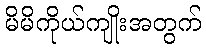
မိမိကိုယ်ကျိုးအတွက်